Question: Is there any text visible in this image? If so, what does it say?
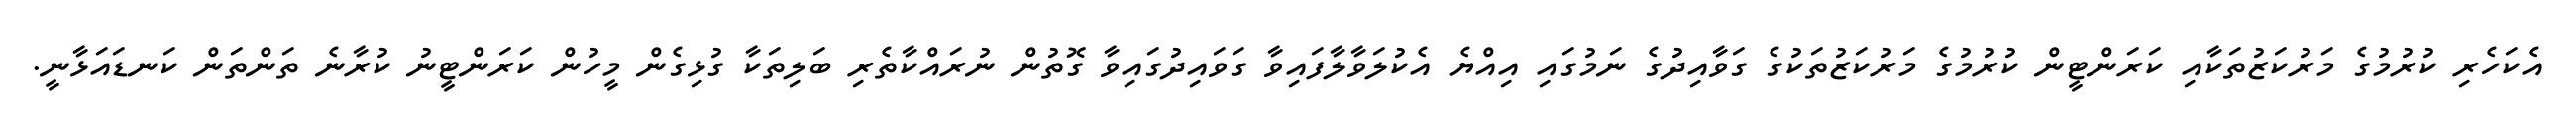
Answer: އެކަހެރި ކުރުމުގެ މަރުކަޒުތަކާއި ކަރަންޓީން ކުރުމުގެ މަރުކަޒުތަކުގެ ގަވާއިދުގެ ނަމުގައި އިއްޔެ އެކުލަވާލާފައިވާ ގަވައިދުގައިވާ ގޮތުން ނުރައްކާތެރި ބަލިތަކާ ގުޅިގެން މީހުން ކަރަންޓީނު ކުރާނެ ތަންތަން ކަނޑައަޅާނީ.